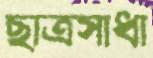
ছাত্রসাধা